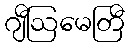
ဂျီဩမေတြီ